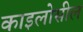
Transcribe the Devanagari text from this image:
काइलोसील